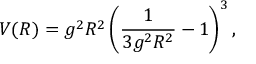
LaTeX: V ( R ) = g ^ { 2 } R ^ { 2 } \left( \frac { 1 } { 3 g ^ { 2 } R ^ { 2 } } - 1 \right) ^ { 3 } ,